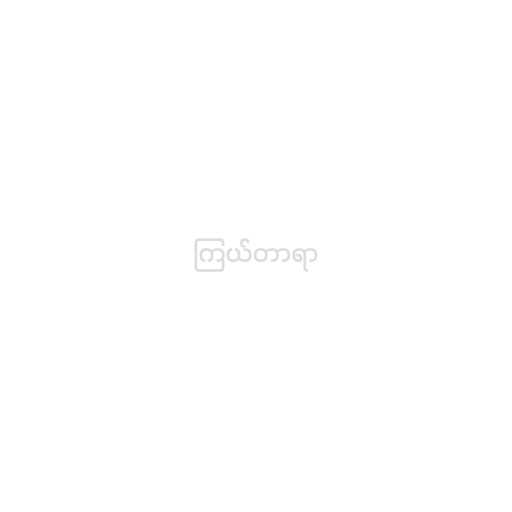
ကြယ်တာရာ